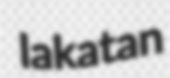
lakatan